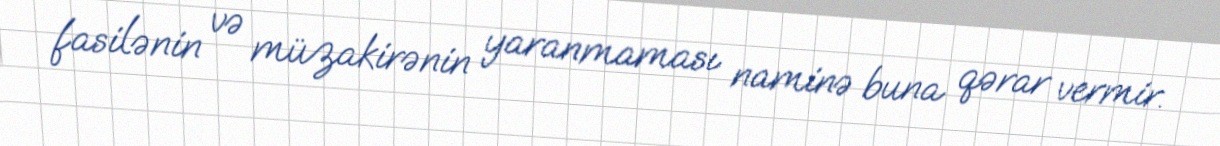
fasilənin və müzakirənin yaranmaması naminə buna qərar vermir.